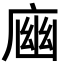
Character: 𢉾